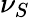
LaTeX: \nu_{S}